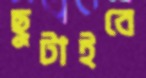
ছুটাইবে